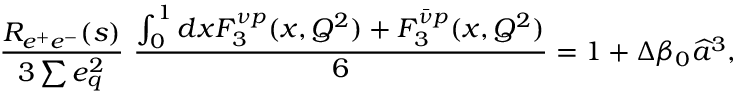
{ \frac { R _ { e ^ { + } e ^ { - } } ( s ) } { 3 \sum e _ { q } ^ { 2 } } } ~ { \frac { \int _ { 0 } ^ { 1 } d x F _ { 3 } ^ { \nu p } ( x , Q ^ { 2 } ) + F _ { 3 } ^ { \bar { \nu } p } ( x , Q ^ { 2 } ) } { 6 } } = 1 + \Delta \beta _ { 0 } \widehat a ^ { 3 } ,